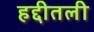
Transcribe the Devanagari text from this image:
हद्दीतली